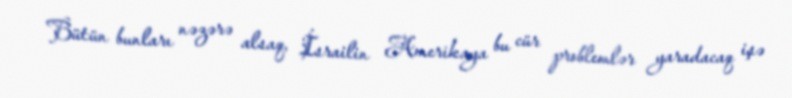
Bütün bunları nəzərə alsaq, İsrailin Amerikaya bu cür problemlər yaradacaq işə